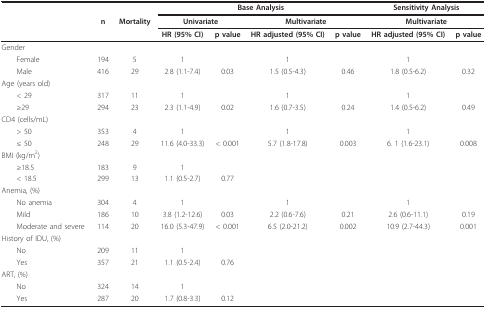
<table><thead><tr><td></td><td></td><td></td><td colspan="4"><b>Base Analysis</b></td><td colspan="2"><b>Sensitivity Analysis</b></td></tr><tr><td></td><td><b>n</b></td><td><b>Mortality</b></td><td colspan="2"><b>Univariate</b></td><td colspan="2"><b>Multivariate</b></td><td colspan="2"><b>Multivariate</b></td></tr><tr><td></td><td></td><td></td><td><b>HR (95% CI)</b></td><td><b>p value</b></td><td><b>HR adjusted (95% CI)</b></td><td><b>p value</b></td><td><b>HR adjusted (95% CI)</b></td><td><b>p value</b></td></tr></thead><tbody><tr><td>Gender</td><td></td><td></td><td></td><td></td><td></td><td></td><td></td><td></td></tr><tr><td> Female</td><td>194</td><td>5</td><td>1</td><td></td><td>1</td><td></td><td>1</td><td></td></tr><tr><td> Male</td><td>416</td><td>29</td><td>2.8 (1.1-7.4)</td><td>0.03</td><td>1.5 (0.5-4.3)</td><td>0.46</td><td>1.8 (0.5-6.2)</td><td>0.32</td></tr><tr><td>Age (years old)</td><td></td><td></td><td></td><td></td><td></td><td></td><td></td><td></td></tr><tr><td> &lt; 29</td><td>317</td><td>11</td><td>1</td><td></td><td>1</td><td></td><td>1</td><td></td></tr><tr><td> ≥29</td><td>294</td><td>23</td><td>2.3 (1.1-4.9)</td><td>0.02</td><td>1.6 (0.7-3.5)</td><td>0.24</td><td>1.4 (0.5-6.2)</td><td>0.49</td></tr><tr><td>CD4 (cells/mL)</td><td></td><td></td><td></td><td></td><td></td><td></td><td></td><td></td></tr><tr><td> &gt; 50</td><td>353</td><td>4</td><td>1</td><td></td><td>1</td><td></td><td>1</td><td></td></tr><tr><td> ≤ 50</td><td>248</td><td>29</td><td>11.6 (4.0-33.3)</td><td>&lt; 0.001</td><td>5.7 (1.8-17.8)</td><td>0.003</td><td>6. 1 (1.6-23.1)</td><td>0.008</td></tr><tr><td>BMI (kg/m<sup>2</sup>)</td><td></td><td></td><td></td><td></td><td></td><td></td><td></td><td></td></tr><tr><td> ≥18.5</td><td>183</td><td>9</td><td>1</td><td></td><td></td><td></td><td></td><td></td></tr><tr><td> &lt; 18.5</td><td>299</td><td>13</td><td>1.1 (0.5-2.7)</td><td>0.77</td><td></td><td></td><td></td><td></td></tr><tr><td>Anemia, (%)</td><td></td><td></td><td></td><td></td><td></td><td></td><td></td><td></td></tr><tr><td> No anemia</td><td>304</td><td>4</td><td>1</td><td></td><td>1</td><td></td><td>1</td><td></td></tr><tr><td> Mild</td><td>186</td><td>10</td><td>3.8 (1.2-12.6)</td><td>0.03</td><td>2.2 (0.6-7.6)</td><td>0.21</td><td>2.6 (0.6-11.1)</td><td>0.19</td></tr><tr><td> Moderate and severe</td><td>114</td><td>20</td><td>16.0 (5.3-47.9)</td><td>&lt; 0.001</td><td>6.5 (2.0-21.2)</td><td>0.002</td><td>10.9 (2.7-44.3)</td><td>0.001</td></tr><tr><td>History of IDU, (%)</td><td></td><td></td><td></td><td></td><td></td><td></td><td></td><td></td></tr><tr><td> No</td><td>209</td><td>11</td><td>1</td><td></td><td></td><td></td><td></td><td></td></tr><tr><td> Yes</td><td>357</td><td>21</td><td>1.1 (0.5-2.4)</td><td>0.76</td><td></td><td></td><td></td><td></td></tr><tr><td>ART, (%)</td><td></td><td></td><td></td><td></td><td></td><td></td><td></td><td></td></tr><tr><td> No</td><td>324</td><td>14</td><td>1</td><td></td><td></td><td></td><td></td><td></td></tr><tr><td> Yes</td><td>287</td><td>20</td><td>1.7 (0.8-3.3)</td><td>0.12</td><td></td><td></td><td></td><td></td></tr></tbody></table>